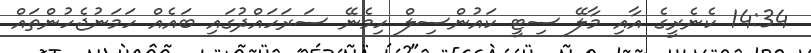
14:34 ކެނެރީގެ އާއި މާލޭ ސިޓީ ކައުންސިލް ހިމެނޭ ސަރަހައްދުގައި ބައެއް ހަމަނުޖެހުންތައް